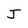
Character: J